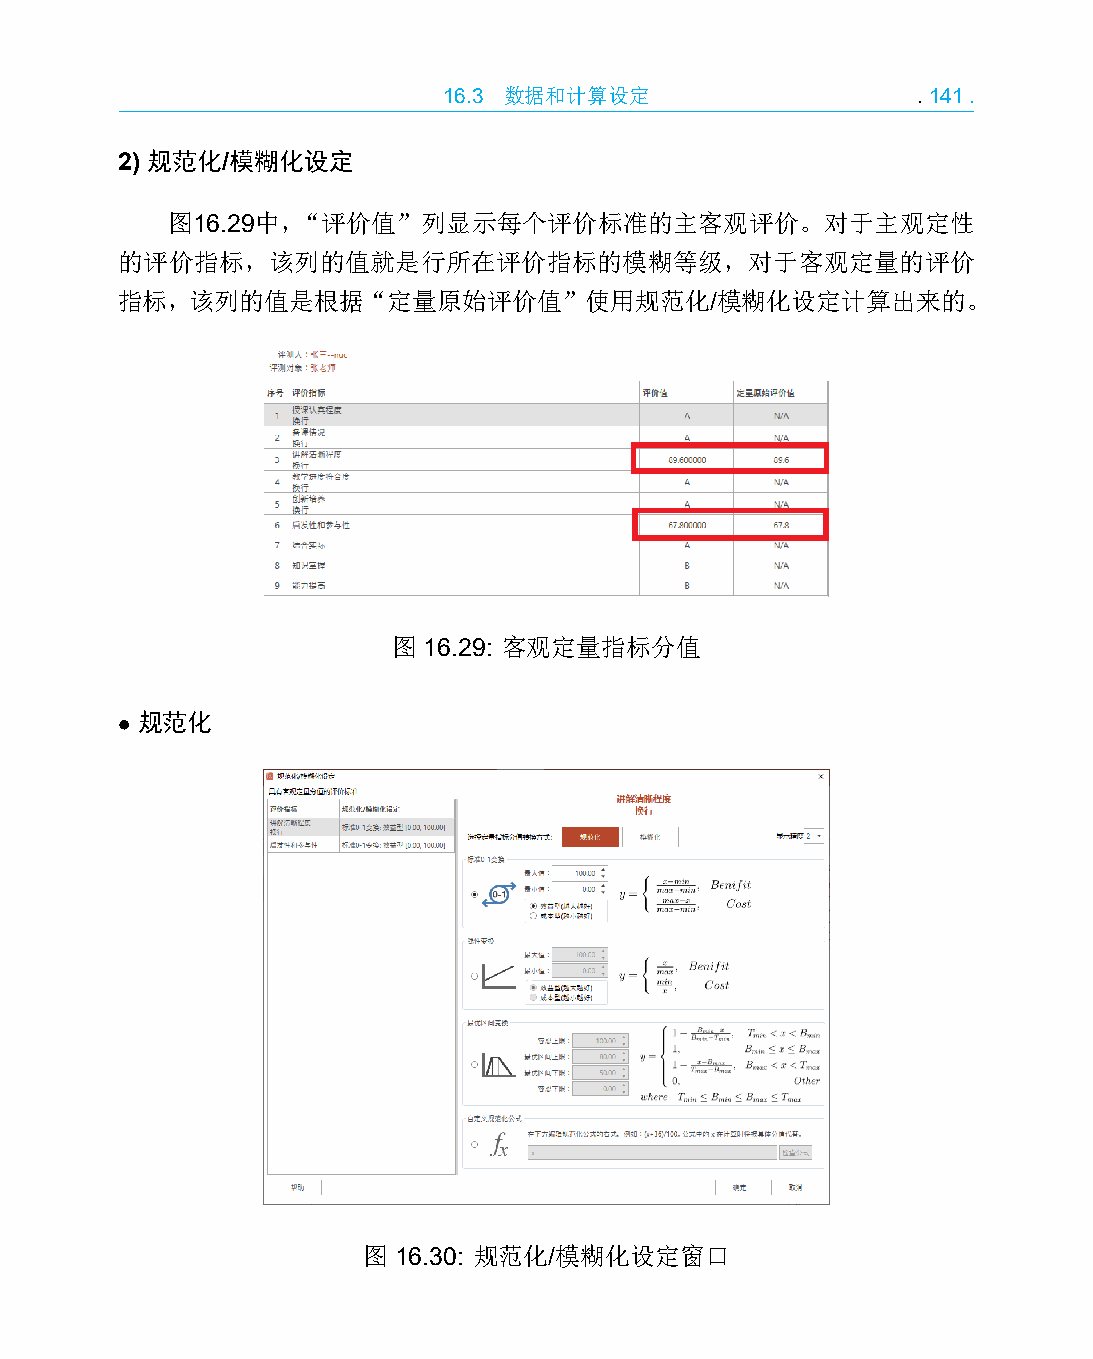
16.3 数据和计算设定                    .141.
 2) 规范化/模糊化设定
 图16.29中，“评价值”列显示每个评价标准的主客观评价。对于主观定性
 的评价指标，该列的值就是行所在评价指标的模糊等级，对于客观定量的评价
 指标，该列的值是根据“定量原始评价值”使用规范化/模糊化设定计算出来的。
 图 16.29: 客观定量指标分值
 • 规范化
 图 16.30: 规范化/模糊化设定窗口